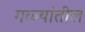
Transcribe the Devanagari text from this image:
गळ्यांतील